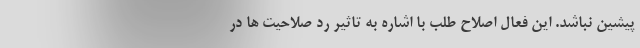
پیشین نباشد. این فعال اصلاح طلب با اشاره به تاثیر رد صلاحیت ها در